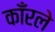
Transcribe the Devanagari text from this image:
काँरले